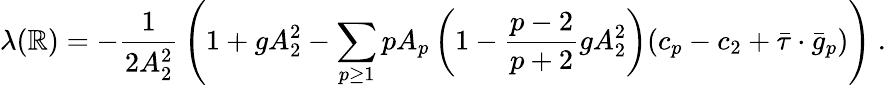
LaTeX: \lambda(\mathbb{R})=-{\frac{{1}}{{2A_{2}^{2}}}}\left(1+gA_{2}^{2}-\sum_{p\ge1}pA_{p}\left(1-{\frac{{p-2}}{{p+2}}}gA_{2}^{2}\right)(c_{p}-c_{2}+\bar{{\tau}}\cdot\bar{{g}}_{p})\right)\ .